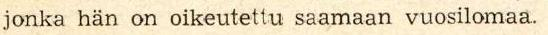
jonka hän on oikeutettu saamaan vuosilomaa.